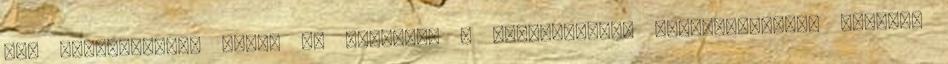
jog gyakorlásáig tart. Az Érintett a hozzájárulás visszavonását, illetve